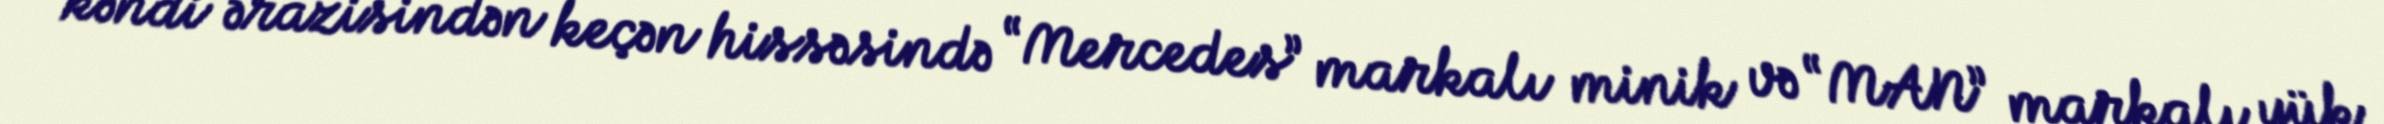
kəndi ərazisindən keçən hissəsində “Mercedes” markalı minik və “MAN” markalı yük